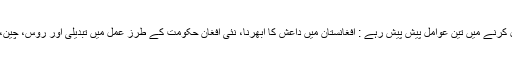
افغانستان میں کسی بھی علاقائی اتحاد کی جہت تبدیل کرنے میں تین عوامل پیش پیش رہے : افغانستان میں داعش کا ابھرنا، نئی افغان حکومت کے طرز عمل میں تبدیلی اور روس، چین، ایران اور پاکستان سے امریکا کے تعلقات میں تناؤ۔